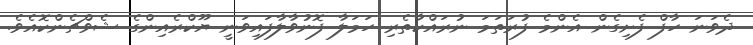
ދެވަނަ ހާފް ފެށިގެން އެންމެ ފުރަތަމަ ނުރައްކާތެރި ހަމަލާ ފޮނުވާލާފައިވަނީ ޔޫކްރެއިންގެ ޝެވްޗެންކޮއެވެ.